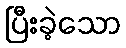
ပြီးခဲ့သော